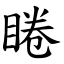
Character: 睠